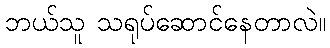
ဘယ်သူ သရုပ်ဆောင်နေတာလဲ။